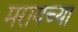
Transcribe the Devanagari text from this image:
मरायच्या